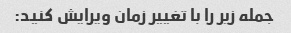
جمله زیر را با تغییر زمان ویرایش کنید: